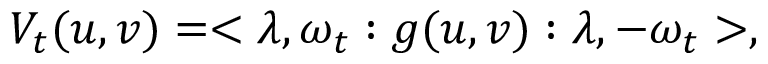
V _ { t } ( u , v ) = < \lambda , \omega _ { t } : g ( u , v ) : \lambda , - \omega _ { t } > ,